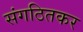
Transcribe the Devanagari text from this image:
संगठितकर